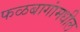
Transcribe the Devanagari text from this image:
फळबागांमधील